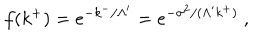
f ( k ^ { + } ) = e ^ { - k ^ { - } / \Lambda ^ { \prime } } = e ^ { - \sigma ^ { 2 } / ( \Lambda ^ { \prime } k ^ { + } ) } ~ ,